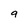
Character: 9